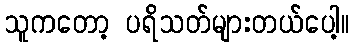
သူကတော့ ပရိသတ်များတယ်ပေါ့။